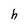
Character: h